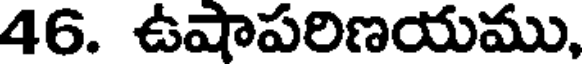
46. ఉషాపరిణయము,